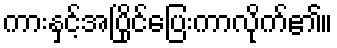
ကားနှင့်အပြိုင်ပြေးကာလိုက်၏။